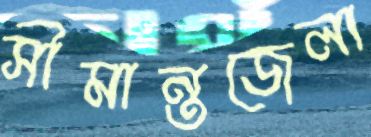
সীমান্তজেলা